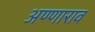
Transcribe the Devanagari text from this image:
अण्णाराव